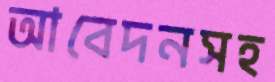
আবেদনসহ